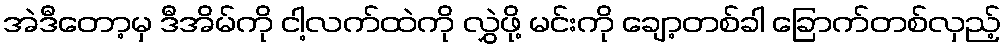
အဲဒီတော့မှ ဒီအိမ်ကို ငါ့လက်ထဲကို လွှဲဖို့ မင်းကို ချော့တစ်ခါ ခြောက်တစ်လှည့်